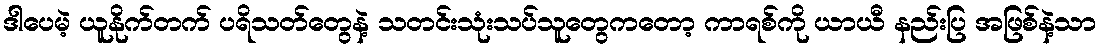
ဒါပေမဲ့ ယူနိုက်တက် ပရိသတ်တွေနဲ့ သတင်းသုံးသပ်သူတွေကတော့ ကာရစ်ကို ယာယီ နည်းပြ အဖြစ်နဲ့သာ